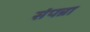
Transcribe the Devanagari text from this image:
संपन्ना